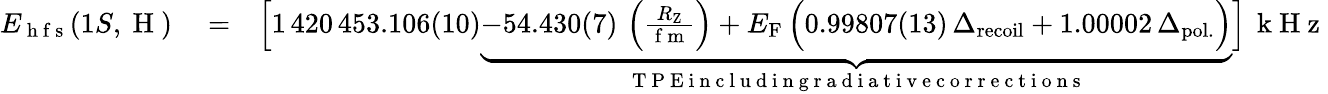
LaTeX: \begin{array}{rlr}{E_{\mathrm{~h~f~s~}}(1S,\mathrm{~H~})}&{{}=}&{\Big[1\, 420\, 453.106(10)\underbrace{-54.430(7)\, \left(\frac{R_{\mathrm{Z}}}{\mathrm{~f~m~}}\right)+E_{\mathrm{F}}\, \Big(0.99807(13)\, \Delta_{\mathrm{recoil}}+1.00002\, \Delta_{\mathrm{pol.}}\Big)}_{\mathrm{~T~P~E~i~n~c~l~u~d~i~n~g~r~a~d~i~a~t~i~v~e~c~o~r~r~e~c~t~i~o~n~s~}}\Big]\, \mathrm{~k~H~z~}}\end{array}